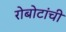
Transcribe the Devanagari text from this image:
रोबोटांची